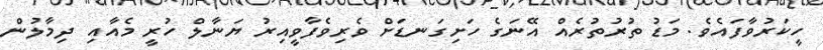
ހީކަރުވާފައެވެ. މަޑު ތުރުތުރެއް އޭނަގެ ހަށިގަނޑަށް ވެރިވެފާވީއިރު ޔަނާލް ހުރީ މެއާއި ދިމާލުން